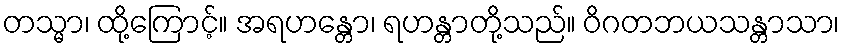
တသ္မာ၊ ထို့ကြောင့်။ အရဟန္တော၊ ရဟန္တာတို့သည်။ ဝိဂတဘယသန္တာသာ၊